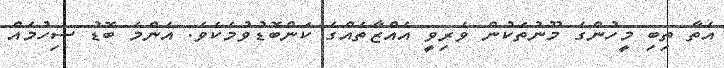
އެތާ ތިބި މީހުންގެ މޫނުތަކުން ވެރިވީ އެއްޒާތެއްގެ ކަންބޮޑުވުމެކެވެ. އެންމެ ބޮޑު ސިހުމެއް